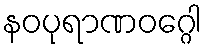
နဝပုရာဏဝဂ္ဂေါ